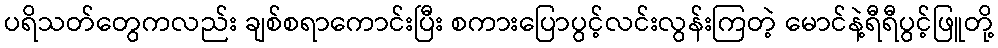
ပရိသတ်တွေကလည်း ချစ်စရာကောင်းပြီး စကားပြောပွင့်လင်းလွန်းကြတဲ့ မောင်နဲ့ရီရီပွင့်ဖြူတို့